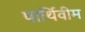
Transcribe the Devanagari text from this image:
पार्थिवीम